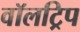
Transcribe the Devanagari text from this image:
वॉलट्रिप